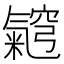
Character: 𭯵